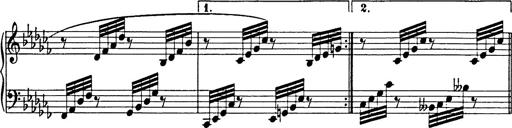
Title: 8 Variations
Composer: Franz Liszt
Key: A-flat major